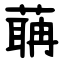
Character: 䔜